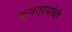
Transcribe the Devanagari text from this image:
क्षत्रपांची